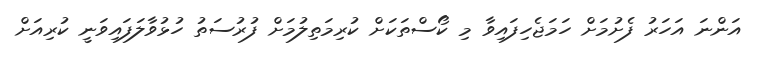
އަންނަ އަހަރު ފެށުމަށް ހަމަޖެހިފައިވާ މި ކޯސްތަކަށް ކުރިމަތިލުމަށް ފުރުސަތު ހުޅުވާލަފައިވަނީ ކުރިއަށް